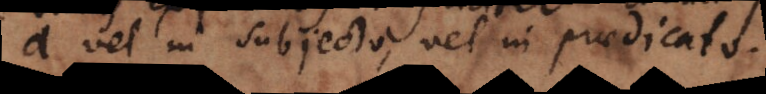
a vel in subjecto, vel in praedicato.